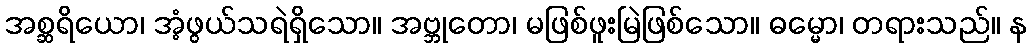
အစ္ဆရိယော၊ အံ့ဖွယ်သရဲရှိသော။ အဗ္ဘုတော၊ မဖြစ်ဖူးမြဲဖြစ်သော။ ဓမ္မော၊ တရားသည်။ န